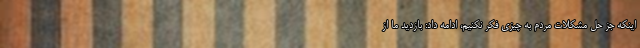
اینکه جز حل مشکلات مردم به چیزی فکر نکنیم، ادامه داد: بازدید ما از